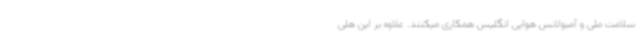
سلامت ملی و آمبولانس هوایی انگلیس همکاری میکنند. علاوه بر این هلی